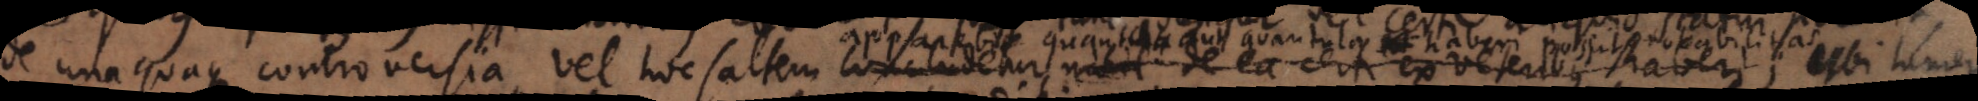
de unaquaque controversia, vel hoc saltem concludetur nihil de ea certi ex veteribus haberi ap